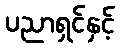
ပညာရှင်နှင့်